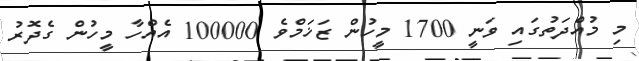
މި މުއްދަތުގައި ވަނީ 1700 މީހުން ޒަޚަމްވެ 100000 އެއްހާ މީހުން ގެދޮރު